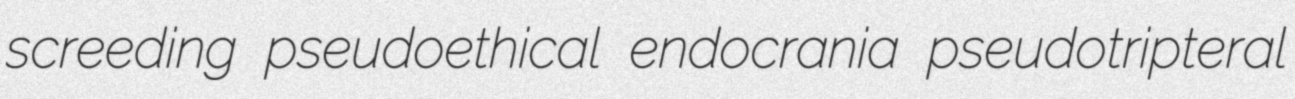
screeding pseudoethical endocrania pseudotripteral